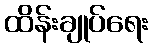
ထိန်းချုပ်ရေး